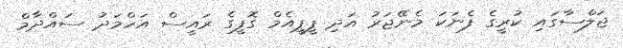
ޖަލްސާގައި ކުރީގެ ފެނަކަ މެނޭޖަރު އަދި ޕީޕީއެމް ގޮފީގެ ރައީސް އަހްމަދު ސައްދާމް